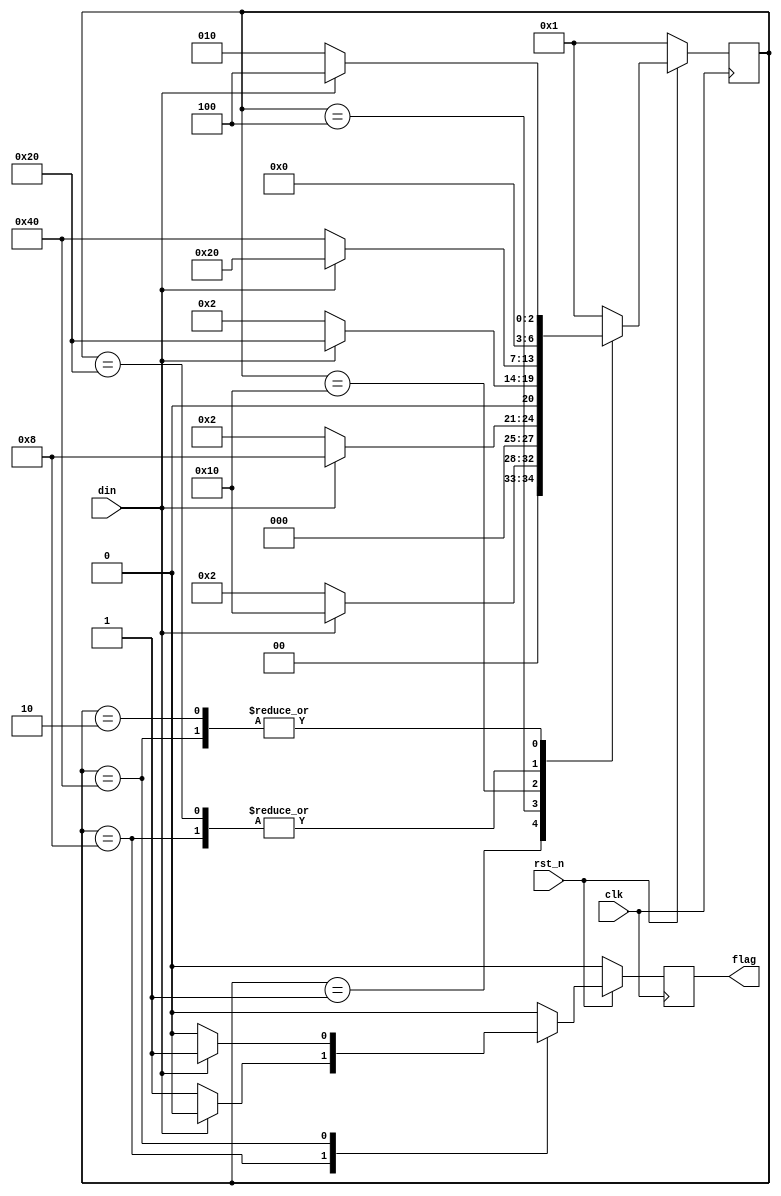
module seq_detect(output reg flag, input din, clk, rst_n);

    reg [6:0] status;
    parameter IDLE = 7'b000_0001,
                A1 = 7'b000_0010,
                A2 = 7'b000_0100,
                A3 = 7'b000_1000,
                B1 = 7'b001_0000,
                B2 = 7'b010_0000,
                B3 = 7'b100_0000;

    always @(negedge clk) begin
        if(~rst_n) begin
            flag <= 1'b0;
            status <= IDLE;
        end 
        else begin
            case(status)
                IDLE: if(din) begin flag <= 1'b0; status <= B1; end
                      else begin flag <= 1'b0; status <= A1; end
                A1: if(din) begin flag <= 1'b0; status <= A2; end
                    else begin flag <= 1'b0; status <= A1; end
                A2: if(din) begin flag <= 1'b0; status <= A3; end
                    else begin flag <= 1'b0; status <= A1; end
                A3: if(din) begin flag <= 1'b0; status <= B2; end
                    else begin flag <= 1'b1; status <= B3; end
                B1: if(din) begin flag <= 1'b0; status <= B2; end
                    else begin flag <= 1'b0; status <= A1; end
                B2: if(din) begin flag <= 1'b0; status <= B2; end
                    else begin flag <= 1'b0; status <= B3; end
                B3: if(din) begin flag <= 1'b1; status <= A2; end
                    else begin flag <= 1'b0; status <= A1; end          
                default: begin flag <= 1'b0; status <= IDLE; end
            endcase
        end
    end

endmodule